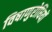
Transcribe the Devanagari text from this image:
विषाणुरोधियों